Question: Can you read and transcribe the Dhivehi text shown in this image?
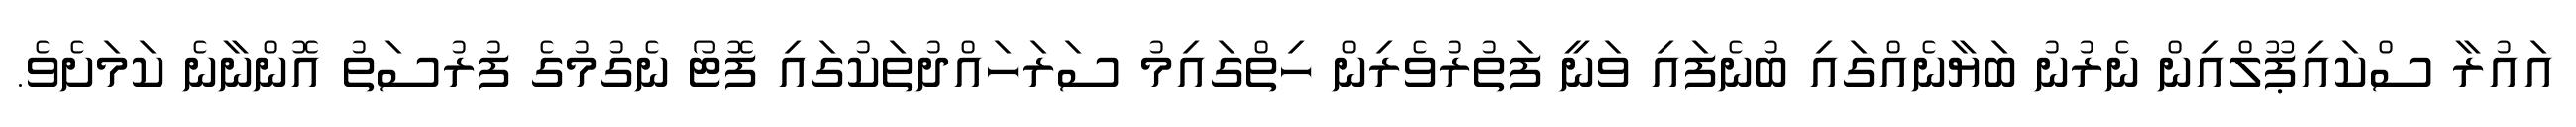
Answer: އައުރާ ސްކައިޕޫލްއިން ނެރުނު ބަޔާނެއްގައި ބުނެފައި ވަނީ ފަތުރުވެރިން ހިތްގައިމު ސަރަހައްދުތަކުގައި ފޮޓޯ ނެގުމުގެ ފުރުސަތު އޮންނާނެ ކަމަށެވެ.